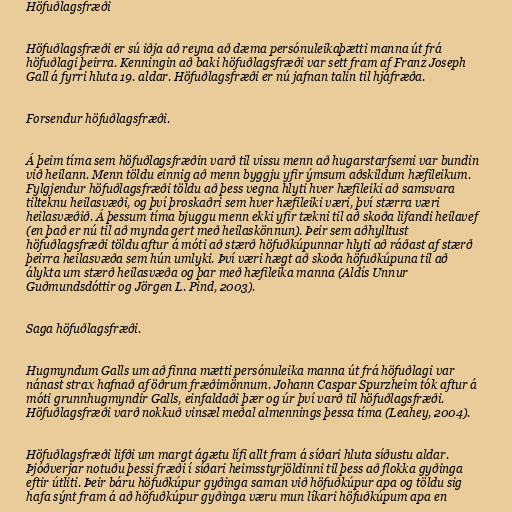
Höfuðlagsfræði

Höfuðlagsfræði er sú iðja að reyna að dæma persónuleikaþætti manna út frá
höfuðlagi þeirra. Kenningin að baki höfuðlagsfræði var sett fram af Franz Joseph
Gall á fyrri hluta 19. aldar. Höfuðlagsfræði er nú jafnan talin til hjáfræða.

Forsendur höfuðlagsfræði.

Á þeim tíma sem höfuðlagsfræðin varð til vissu menn að hugarstarfsemi var bundin
við heilann. Menn töldu einnig að menn byggju yfir ýmsum aðskildum hæfileikum.
Fylgjendur höfuðlagsfræði töldu að þess vegna hlyti hver hæfileiki að samsvara
tilteknu heilasvæði, og því þroskaðri sem hver hæfileiki væri, því stærra væri
heilasvæðið. Á þessum tíma bjuggu menn ekki yfir tækni til að skoða lifandi heilavef
(en það er nú til að mynda gert með heilaskönnun). Þeir sem aðhylltust
höfuðlagsfræði töldu aftur á móti að stærð höfuðkúpunnar hlyti að ráðast af stærð
þeirra heilasvæða sem hún umlyki. Því væri hægt að skoða höfuðkúpuna til að
álykta um stærð heilasvæða og þar með hæfileika manna (Aldís Unnur
Guðmundsdóttir og Jörgen L. Pind, 2003).

Saga höfuðlagsfræði.

Hugmyndum Galls um að finna mætti persónuleika manna út frá höfuðlagi var
nánast strax hafnað af öðrum fræðimönnum. Johann Caspar Spurzheim tók aftur á
móti grunnhugmyndir Galls, einfaldaði þær og úr því varð til höfuðlagsfræði.
Höfuðlagsfræði varð nokkuð vinsæl meðal almennings þessa tíma (Leahey, 2004).

Höfuðlagsfræði lifði um margt ágætu lífi allt fram á síðari hluta síðustu aldar.
Þjóðverjar notuðu þessi fræði í síðari heimsstyrjöldinni til þess að flokka gyðinga
eftir útliti. Þeir báru höfuðkúpur gyðinga saman við höfuðkúpur apa og töldu sig
hafa sýnt fram á að höfuðkúpur gyðinga væru mun líkari höfuðkúpum apa en